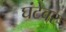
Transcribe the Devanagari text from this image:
घंटेवर